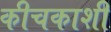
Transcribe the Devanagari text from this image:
कीचकाशी